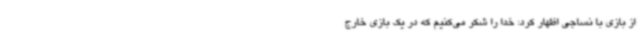
از بازی با نساجی اظهار کرد: خدا را شکر می‌کنیم که در یک بازی خارج